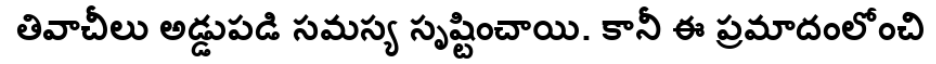
తివాచీలు అడ్డుపడి సమస్య సృష్టించాయి. కానీ ఈ ప్రమాదంలోంచి